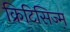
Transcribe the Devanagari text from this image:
क्रिटिसिज्म़